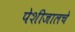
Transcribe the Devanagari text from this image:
पेशीजालचे